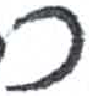
אות: כ